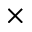
\times